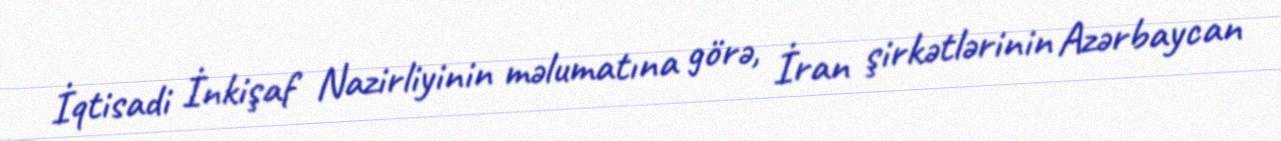
İqtisadi İnkişaf Nazirliyinin məlumatına görə, İran şirkətlərinin Azərbaycan